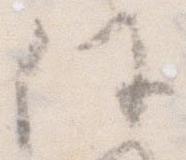
任